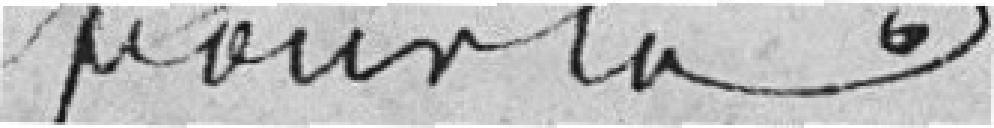
pour la